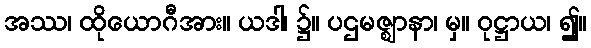
အဿ၊ ထိုယောဂီအား။ ယဒါ၊ ၌။ ပဌမဇ္ဈာနာ၊ မှ။ ဝုဋ္ဌာယ၊ ၍။